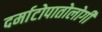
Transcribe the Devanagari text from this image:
दर्माटोपातोलोगी